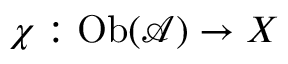
\chi : \mathrm { O b } ( { \mathcal { A } } ) \to X